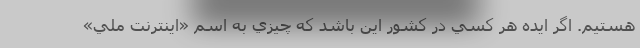
هستيم. اگر ايده هر كسي در كشور اين باشد كه چيزي به اسم «اينترنت ملي»